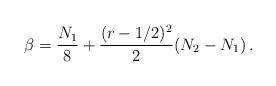
LaTeX: \begin{align*}\beta =\frac{N_{1}}{8} +\frac{(r-1/2)^2}{2}(N_2 -N_1)\,.\end{align*}